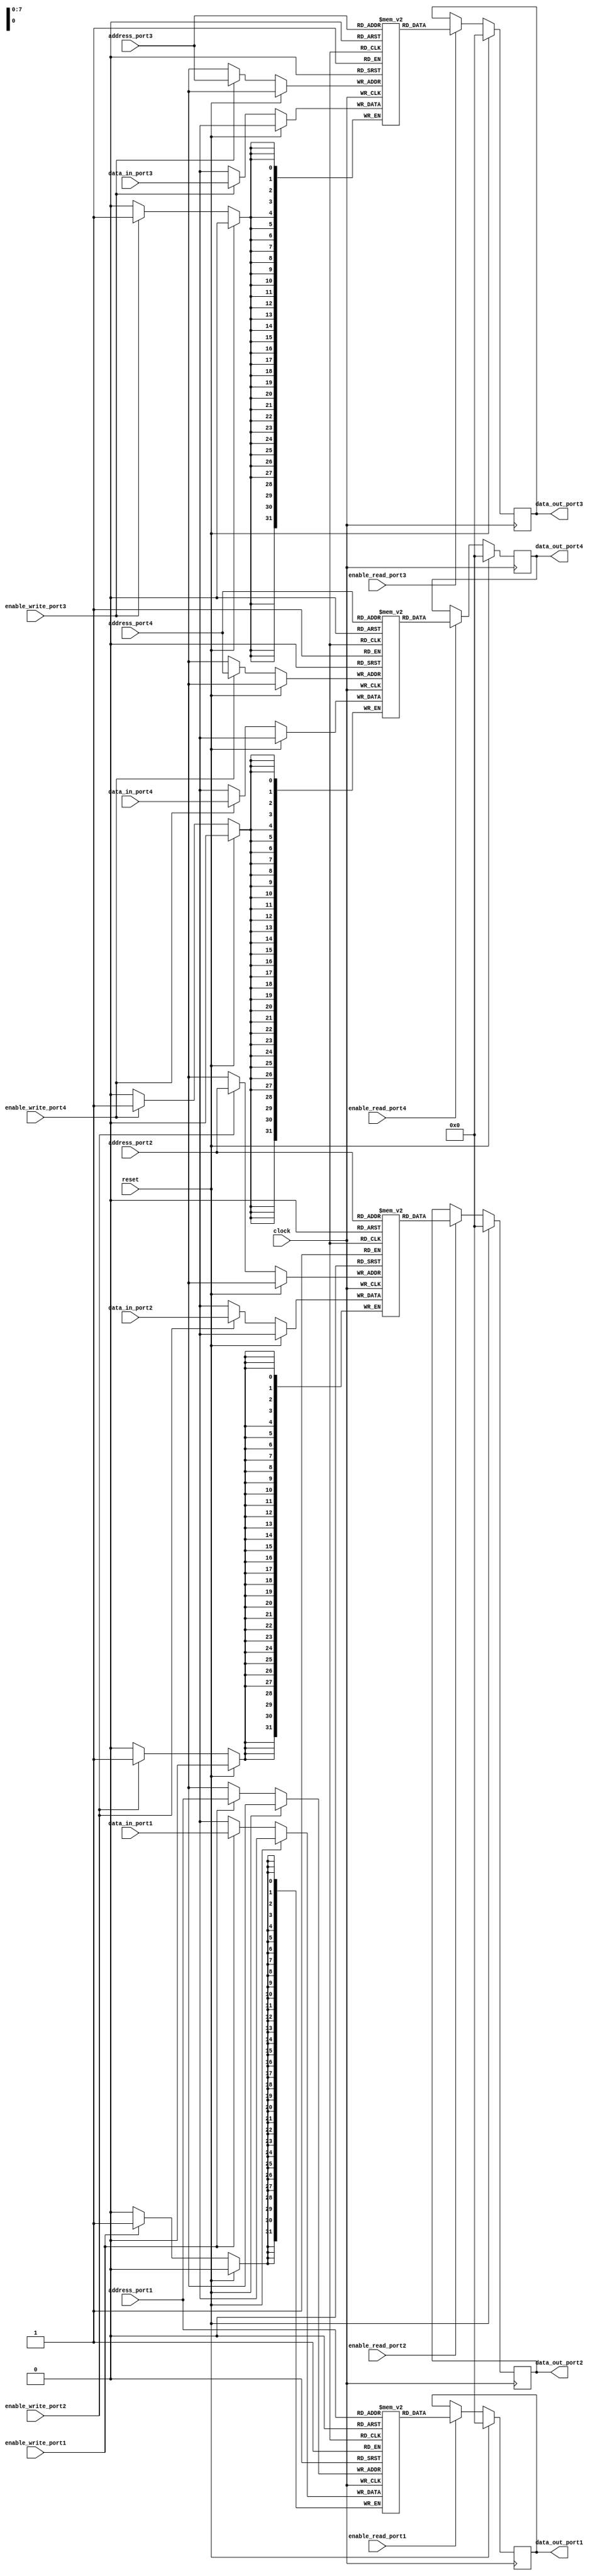
module register_file (
    input wire clock,
    input wire reset,
    input wire [7:0] address_port1,
    input wire [7:0] address_port2,
    input wire [7:0] address_port3,
    input wire [7:0] address_port4,
    input wire enable_read_port1,
    input wire enable_read_port2,
    input wire enable_read_port3,
    input wire enable_read_port4,
    input wire enable_write_port1,
    input wire enable_write_port2,
    input wire enable_write_port3,
    input wire enable_write_port4,
    input wire [31:0] data_in_port1,
    input wire [31:0] data_in_port2,
    input wire [31:0] data_in_port3,
    input wire [31:0] data_in_port4,
    output reg [31:0] data_out_port1,
    output reg [31:0] data_out_port2,
    output reg [31:0] data_out_port3,
    output reg [31:0] data_out_port4
);

reg [31:0] memory_block1 [255:0];
reg [31:0] memory_block2 [255:0];
reg [31:0] memory_block3 [255:0];
reg [31:0] memory_block4 [255:0];

always @(posedge clock) begin
    if (reset) begin
        data_out_port1 <= 0;
        data_out_port2 <= 0;
        data_out_port3 <= 0;
        data_out_port4 <= 0;
    end else begin
        if (enable_read_port1) begin
            data_out_port1 <= memory_block1[address_port1];
        end
        if (enable_read_port2) begin
            data_out_port2 <= memory_block2[address_port2];
        end
        if (enable_read_port3) begin
            data_out_port3 <= memory_block3[address_port3];
        end
        if (enable_read_port4) begin
            data_out_port4 <= memory_block4[address_port4];
        end
        
        if (enable_write_port1) begin
            memory_block1[address_port1] <= data_in_port1;
        end
        if (enable_write_port2) begin
            memory_block2[address_port2] <= data_in_port2;
        end
        if (enable_write_port3) begin
            memory_block3[address_port3] <= data_in_port3;
        end
        if (enable_write_port4) begin
            memory_block4[address_port4] <= data_in_port4;
        end
    end
end

endmodule